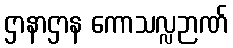
ဌာနာဌာန ကောသလ္လဉာဏ်